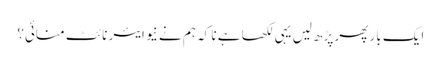
ایک بار پھر پڑھ لیں یہی لکھا ہے نا کہ ہم نے نیو ایئر نائٹ منائی؟